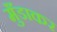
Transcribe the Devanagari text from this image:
मुँडाकर